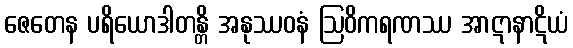
ဇေတေန ပရိယောဒါတန္တိ အနုဿဝနံ ဩဝိကရဏဿ အာဋာနာဋိယံ